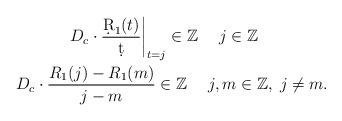
LaTeX: \begin{align*}\begin{gathered}D_c\cdot\frac{\d R_1(t)}{\d t}\bigg|_{t=j}\in\mathbb Z\quad\; j\in\mathbb Z\quad\\D_c\cdot\frac{R_1(j)-R_1(m)}{j-m}\in\mathbb Z\quad\; j,m\in\mathbb Z, \; j\ne m.\end{gathered}\end{align*}